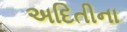
અદિતીના